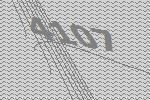
4107